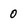
Character: 0